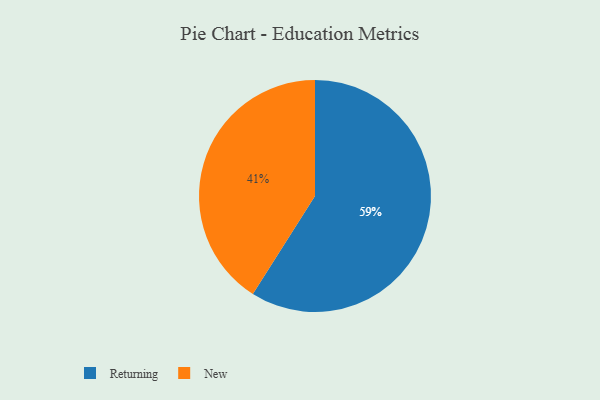
{"axis": {"x": "Category", "y": "Percentage"}, "legend": ["New", "Returning"], "data": [{"x": "New", "y": 41, "type": "New"}, {"x": "Returning", "y": 59, "type": "Returning"}]}